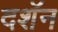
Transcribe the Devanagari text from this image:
दशॅन